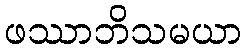
ဖဿာဘိသမယာ